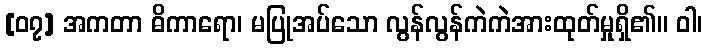
[၀၇] အကတာ ဓိကာရော၊ မပြုအပ်သော လွန်လွန်ကဲကဲအားထုတ်မှုရှိ၏။ ဝါ၊